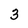
Character: 3